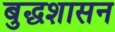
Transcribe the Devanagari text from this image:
बुद्धशासन